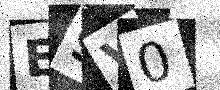
Text: E9V0